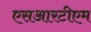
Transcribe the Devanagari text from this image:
एसआरटीएम